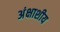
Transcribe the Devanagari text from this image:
अंक्षाशीय